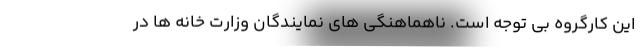
این کارگروه بی توجه است. ناهماهنگی های نمایندگان وزارت خانه ها در